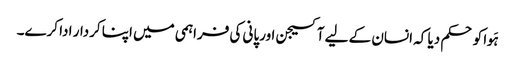
ہَوا کو حکم دیا کہ انسان کے لیے آکسیجن اورپانی کی فراہمی میں اپنا کردار ادا کرے۔